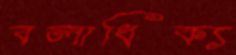
বলাধিক্য